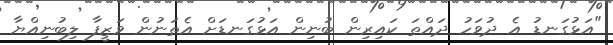
"އަޅުގަނޑު އެ ދުވަހު ދައްތަ ކައިރިން ބުނިން އަޅުގަނޑަށް އެތަނުން ވަޒީފާ ލިބުނިއްޔާ